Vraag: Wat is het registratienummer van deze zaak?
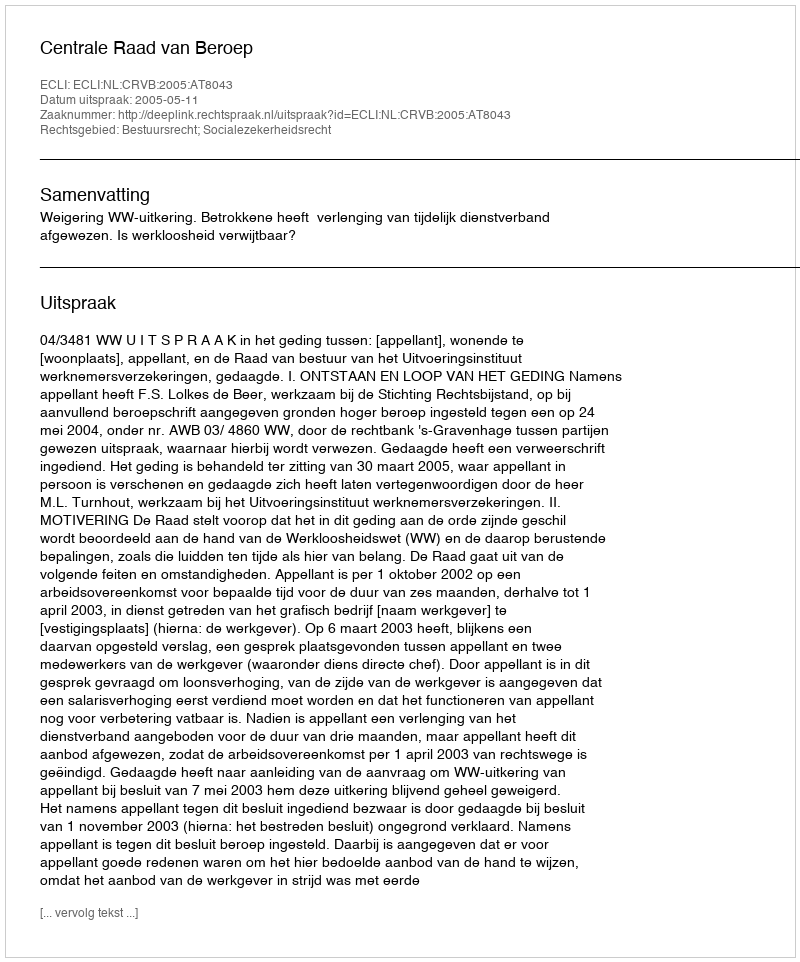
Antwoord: http://deeplink.rechtspraak.nl/uitspraak?id=ECLI:NL:CRVB:2005:AT8043